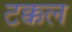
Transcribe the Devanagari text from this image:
टक्कल